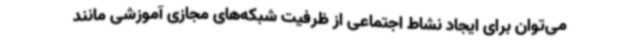
می‌توان برای ایجاد نشاط اجتماعی از ظرفیت شبکه‌های مجازی آموزشی مانند